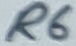
Text: R6